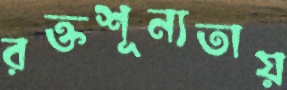
রক্তশূন্যতায়